Annual administration report of the Civil Veterinary Department of India - 1905-1906
Year: 1905
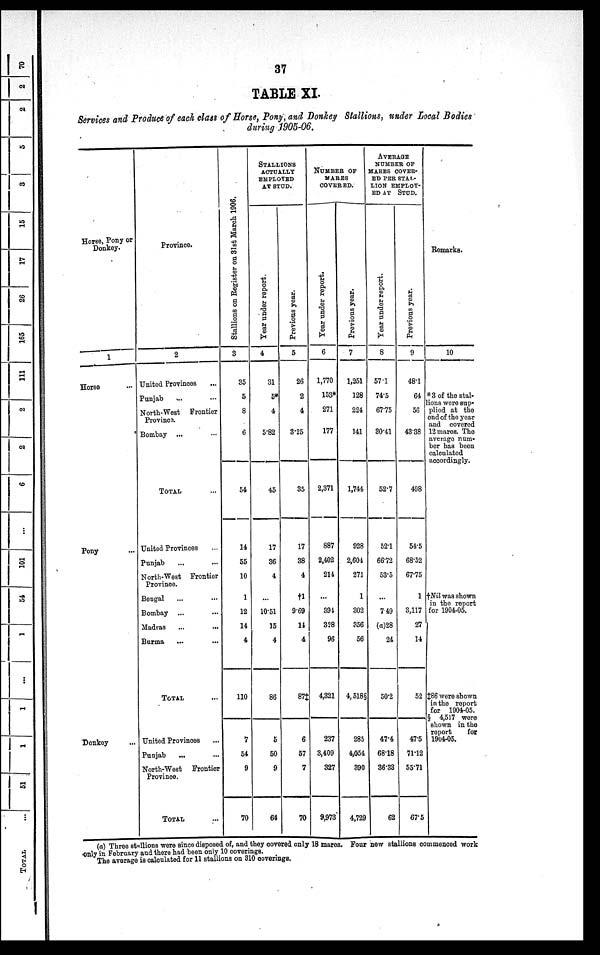
37
TABLE XI.
Services and Produce of each class of Horse, Pony, and Donkey Stallions, under Local Bodies
during 1905-06.
Horse, Pony or
Donkey.
1
Horse ...
Pony ...
Donkey ...
Province.
2
United Provinces ...
Punjab ... ...
North-West Frontier
Province.
Bombay ... ...
TOTAL ...
United Provinces ...
Punjab ... ...
North-West Frontier
Province.
Bengal ... ...
Bombay ... ...
Madras ... ...
Burma ... ...
TOTAL ...
United Provinces ...
Punjab
... ...
North-West Frontier
Province.
TOTAL ...
St al l
i
ons on Regi s t
er on 31st Ma r
c h 1906.
3
35
5
8
6
54
14
55
10
1
12
14
4
110
7
54
9
70
STALLIONS
ACTUALLY
EMPLOYED
AT STUD.
Year under report.
4
31
5*
4
5.82
45
17
36
4
...
10.51
15
4
86
5
50
9
64
Previous year.
5
26
2
4
3.25
35
17
38
4
†1
9.69
14
4
87‡
6
57
7
70
NUMBER OF
MARES
COVERED.
Year under report.
6
1,770
153*
271
177
2,371
887
2,402
214
...
394
328
96
4,321
237
3,409
327
9,973
Previous year.
7
1,251
128
224
141
1,744
928
2,604
271
1
302
356
56
4,518§
285
4,054
390
4,729
AVERAGE
NUMBER OF
MARES COVER-
ED PER STAL-
LION EMPLOY-
ED AT STUD.
Year under report.
8
57.1
74.5
67.75
30.41
52.7
52.1
66.72
53.5
...
7 49
(a)28
24
50.2
47.4
68.18
36.33
62
Previous year.
9
48.1
64
56
43.38
498
54.5
68.52
67.75
1
3,117
27
14
52
47.5
71.12
55.71
67.5
Remarks.
10
*3 of the stal-
lions were sup-
plied at the
ond of the year
and covered
12 mares. The
average num-
ber has been
calculated
accordingly.
†Nil was shown
in the report
for 1904-05.
‡86 were shown
in the report
for 1904-05.
5
4,517 were
shown in the
report
for
1904-05.
(a) Three stallions were since disposed of, and they covered only 18 mares. Four new stallions commenced work
only in February and there had been only 10 coverings.
The average is calculated for 11 stallions on 310 coverings.